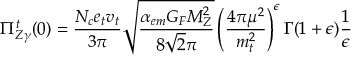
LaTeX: \Pi _ { Z \gamma } ^ { t } ( 0 ) = \frac { N _ { c } e _ { t } v _ { t } } { 3 \pi } \sqrt { \frac { \alpha _ { e m } G _ { F } M _ { Z } ^ { 2 } } { 8 \sqrt 2 \pi } } \left( \frac { 4 \pi \mu ^ { 2 } } { m _ { t } ^ { 2 } } \right) ^ { \epsilon } \Gamma ( 1 + \epsilon ) \frac { 1 } { \epsilon }